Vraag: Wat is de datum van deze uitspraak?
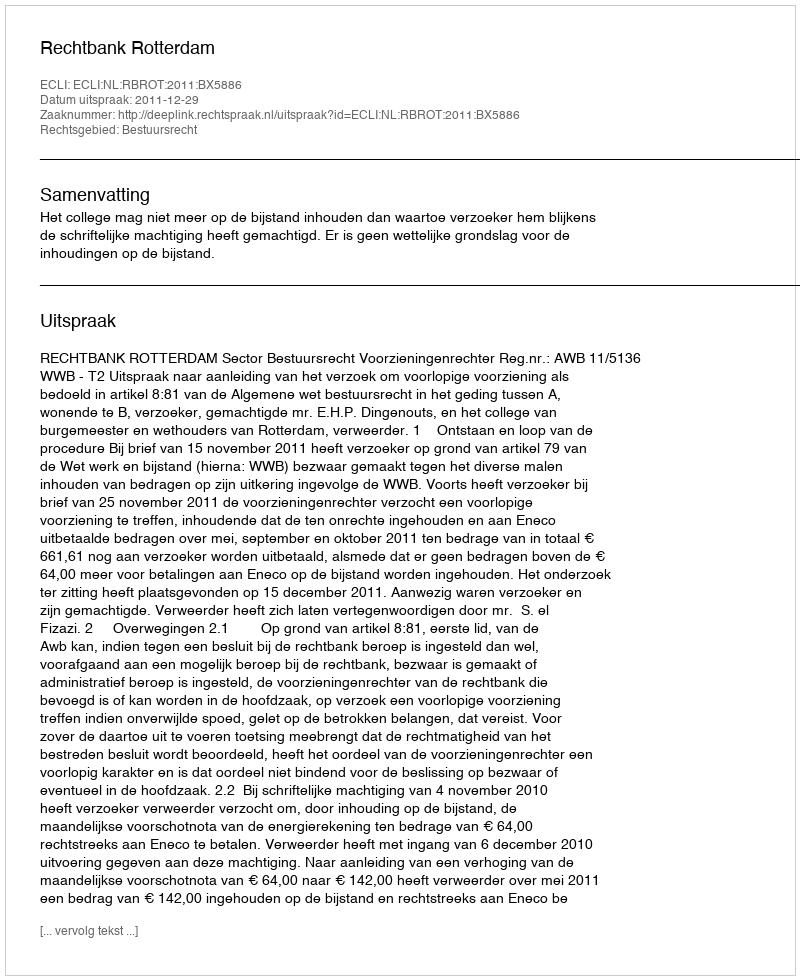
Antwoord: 2011-12-29